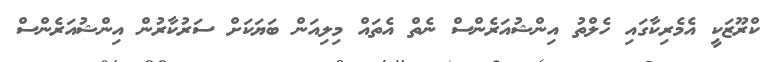
ކްރޫޒަކީ އެމެރިކާގައި ހެލްތު އިންޝުއަރެންސް ނެތް އެތައް މިލިއަން ބަޔަކަށް ސަރުކާރުން އިންޝުއަރެންސް